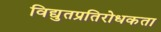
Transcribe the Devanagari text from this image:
विद्युतप्रतिरोधकता